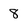
Character: 8